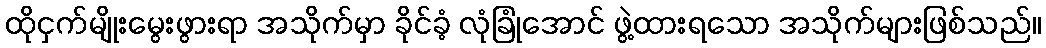
ထိုငှက်မျိုးမွေးဖွားရာ အသိုက်မှာ ခိုင်ခံ့ လုံခြုံအောင် ဖွဲ့ထားရသော အသိုက်များဖြစ်သည်။